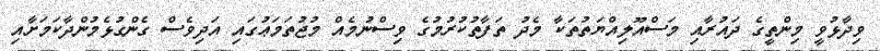
ވިދާޅުވީ މިންތީގެ ދައުރާއި މަސްއޫލިއްޔަތުތަކާ މެދު ތަފާތުކުރުމުގެ ވިސްނުމެއް މުޖުތަމަޢުގައި އަދިވެސް ގެންގުޅެމުންދާކަމަށާއި